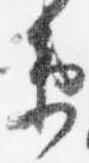
衛